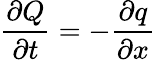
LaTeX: {\frac{\partial Q}{\partial t}}=-{\frac{\partial q}{\partial x}}